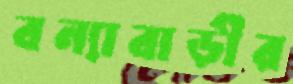
বন্যাবাড়ীর